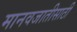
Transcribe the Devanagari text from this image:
मानवजातीसाठी